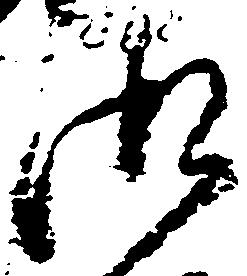
御